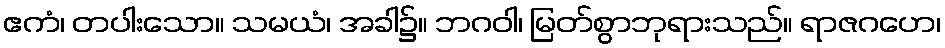
ဧကံ၊ တပါးသော။ သမယံ၊ အခါ၌။ ဘဂဝါ၊ မြတ်စွာဘုရားသည်။ ရာဇဂဟေ၊